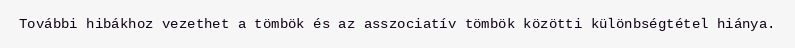
További hibákhoz vezethet a tömbök és az asszociatív tömbök közötti különbségtétel hiánya.